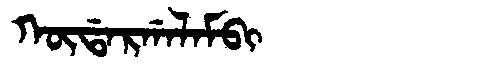
Manchu: ᡴᡡᡩᠠᡵᡤᠠᠯᠠᠮᠪᡳ
Romanization: KŪDARGALAMBI